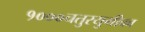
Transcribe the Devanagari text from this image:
१०००चतुरयुगीका